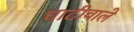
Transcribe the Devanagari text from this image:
घाटीवाले